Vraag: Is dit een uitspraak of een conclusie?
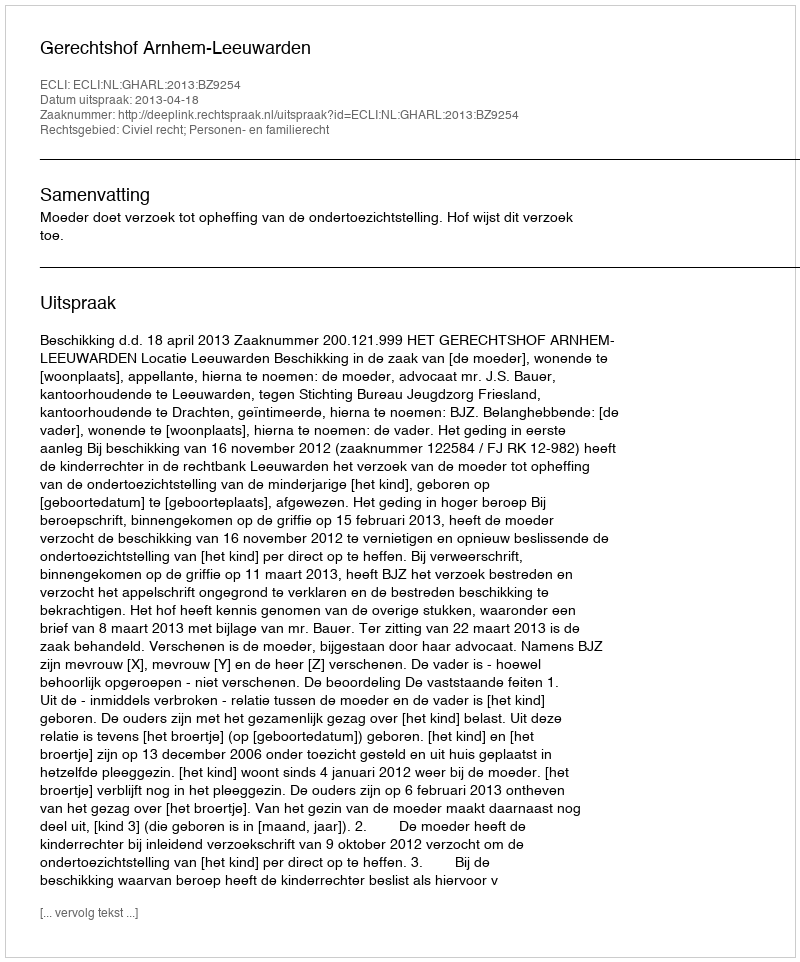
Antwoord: Uitspraak